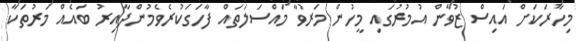
މިހާރަކަށް އައިސް ޒުވާން އުމުރުގައި މީހުން މަރުވާ މައްސަލަތައް ފާހަގަކުރެވެމުންދާއިރު ބައެއް މަރުތަކާ